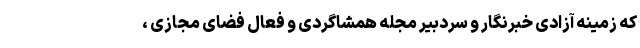
که زمینه آزادی خبرنگار و سردبیر مجله همشاگردی و فعال فضای مجازی ،